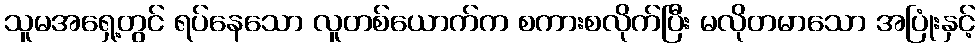
သူမအရှေ့တွင် ရပ်နေသော လူတစ်ယောက်က စကားစလိုက်ပြီး မလိုတမာသော အပြုံးနှင့်